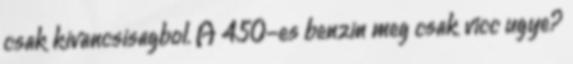
csak kivancsisagbol. A 450-es benzin meg csak vicc ugye?